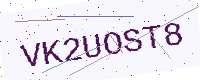
Text: VK2UOST8